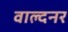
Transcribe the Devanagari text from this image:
वाल्दनर